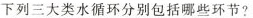
下列三大类水循环分别包括哪些环节?